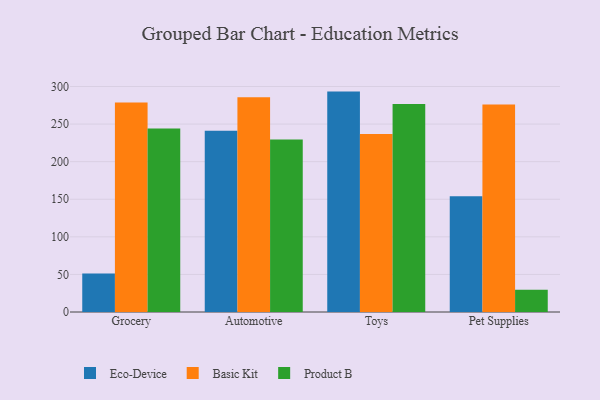
{"axis": {"x": "Category", "y": "Inventory Turnover"}, "legend": ["Basic Kit", "Eco-Device", "Product B"], "data": [{"x": "Grocery", "y": 51.1, "type": "Eco-Device"}, {"x": "Grocery", "y": 278.7, "type": "Basic Kit"}, {"x": "Grocery", "y": 244.2, "type": "Product B"}, {"x": "Automotive", "y": 241.2, "type": "Eco-Device"}, {"x": "Automotive", "y": 285.6, "type": "Basic Kit"}, {"x": "Automotive", "y": 229.4, "type": "Product B"}, {"x": "Toys", "y": 293.2, "type": "Eco-Device"}, {"x": "Toys", "y": 236.9, "type": "Basic Kit"}, {"x": "Toys", "y": 276.6, "type": "Product B"}, {"x": "Pet Supplies", "y": 153.9, "type": "Eco-Device"}, {"x": "Pet Supplies", "y": 276.0, "type": "Basic Kit"}, {"x": "Pet Supplies", "y": 29.6, "type": "Product B"}]}